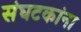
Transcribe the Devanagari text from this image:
संघटकांना